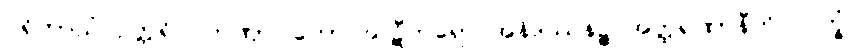
ပရိတာသံ ဥတ္တရိပိ တဏှာဂ္ဂါဟော ဃဋီကရော အနိဒဿနဉ္စ အတ္ထရဏာနီတိ လက္ခံ